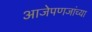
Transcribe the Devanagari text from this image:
आजेपणजांच्या